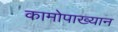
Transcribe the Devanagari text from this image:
कामोपाख्यान